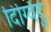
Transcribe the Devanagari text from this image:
दिग्विंदु